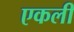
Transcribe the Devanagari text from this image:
एकली